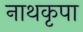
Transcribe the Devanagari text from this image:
नाथकृपा